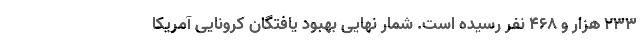
۲۳۳ هزار و ۴۶۸ نفر رسیده است. شمار نهایی بهبود یافتگان کرونایی آمریکا